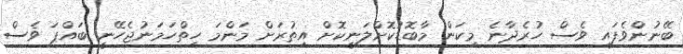
ބޭނުންވެފައި ވެސް ހުރެދާނެ މިކަން މާބޮޑުކޮށްލަނިކޮށް އިތުރަށް މަންމަ ހިތްހަމަނުޖެހޭނީ ބައްޕަ ވެސް